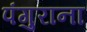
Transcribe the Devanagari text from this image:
पंगुराना